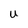
Character: U